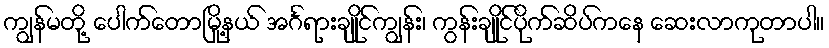
ကျွန်မတို့ ပေါက်တောမြို့နယ် အင်္ဂရားချိုင်ကျွန်း၊ ကွန်းချိုင်ပိုက်ဆိပ်ကနေ ဆေးလာကုတာပါ။